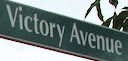
Victory Avenue